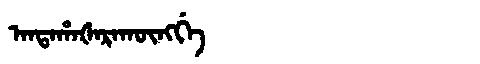
Manchu: ᠠᠨᡨᠠᡥᠠᡧᠠᡵᠠᡴᡡᠩᡤᡝ
Romanization: ANTAHAŠARAKŪNGGE